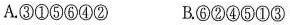
A. ③①⑤⑥④② B. ⑥②④⑤①③